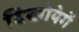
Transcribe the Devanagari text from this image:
दिखोयेगें